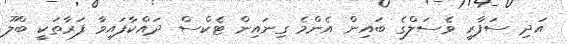
އަދި ސަފާރީ ވެސަލްގެ ބައިން އެންމެ ގިނައިން ޓެކްސް ދައްކާފައިވާ ފަރާތަކީ ބްލޫ